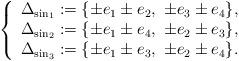
LaTeX: \begin{align*}\left\{\begin{array}{l}\Delta_{{\rm sin}_1}:= \{\pm e_1 \pm e_2, \,\, \pm e_3 \pm e_4\},\\ \Delta_{{\rm sin}_2}:= \{\pm e_1 \pm e_4, \,\, \pm e_2 \pm e_3 \}, \\\Delta_{{\rm sin}_3}:= \{\pm e_1 \pm e_3, \,\, \pm e_2 \pm e_4 \}.\end{array}\right.\end{align*}